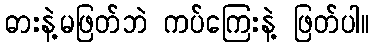
ဓားနဲ့မဖြတ်ဘဲ ကပ်ကြေးနဲ့ ဖြတ်ပါ။